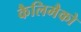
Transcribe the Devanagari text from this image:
कैलिमैको